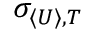
\sigma _ { \langle U \rangle , T }